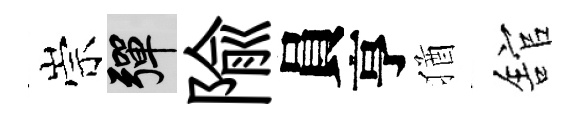
崇彈隃員亨猶舘